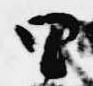
里